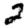
Digit: 2